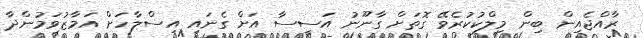
ރާއްޖެއިން ބިން މިލްކުކުރެވޭ ގޮތަށް ގާނޫނު އަސީސާ އަށް ގެނައި އިސްލާހަށް އަމާޒުވަމުންދާ